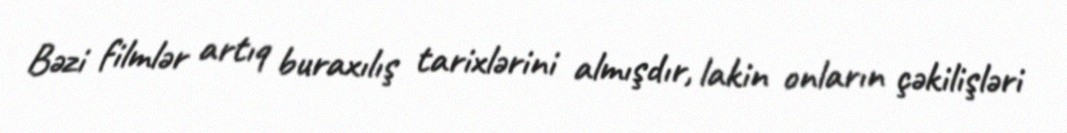
Bəzi filmlər artıq buraxılış tarixlərini almışdır, lakin onların çəkilişləri